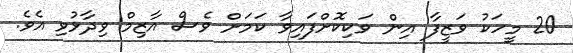
20 މީހަކު ވަޒީފާ އިން ވަކިކޮށްފައިވާ ކަމަށް ވެސް އާޒިމް ވިދާޅުވި އެވެ.